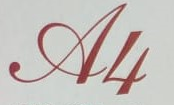
A4